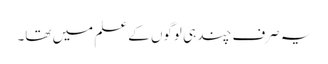
یہ صرف چند ہی لوگوں کے علم میں تھا۔